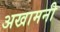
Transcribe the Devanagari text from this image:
अखामनी